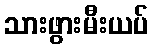
သားဖွားမီးယပ်